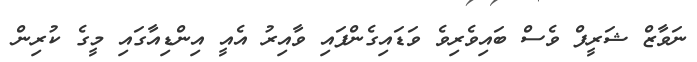
ނަވާޒް ޝަރީފް ވެސް ބައިވެރިވެ ވަޑައިގެންފައި ވާއިރު އެއީ އިންޑިއާގައި މީގެ ކުރިން